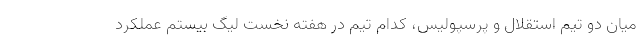
میان دو تیم استقلال و پرسپولیس، کدام تیم در هفته نخست لیگ بیستم عملکرد